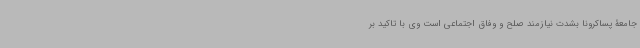
جامعۀ پساکرونا بشدت نیازمند صلح و وفاق اجتماعی است وی با تاکید بر